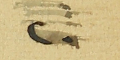
٢٠